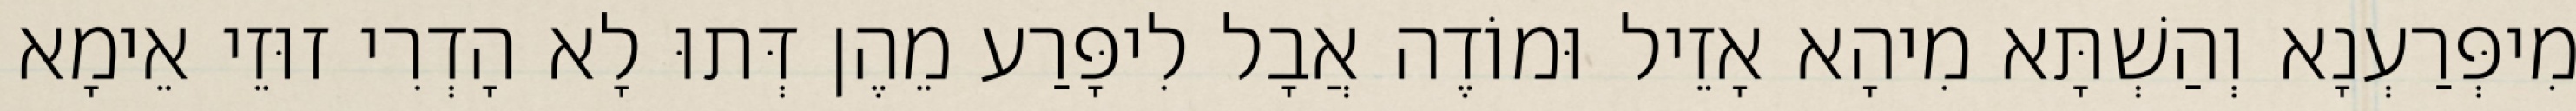
מִיפְּרַעְנָא וְהַשְׁתָּא מִיהָא אָזֵיל וּמוֹדֶה אֲבָל לִיפָּרַע מֵהֶן דְּתוּ לָא הָדְרִי זוּזֵי אֵימָא